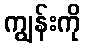
ကျွန်းကို